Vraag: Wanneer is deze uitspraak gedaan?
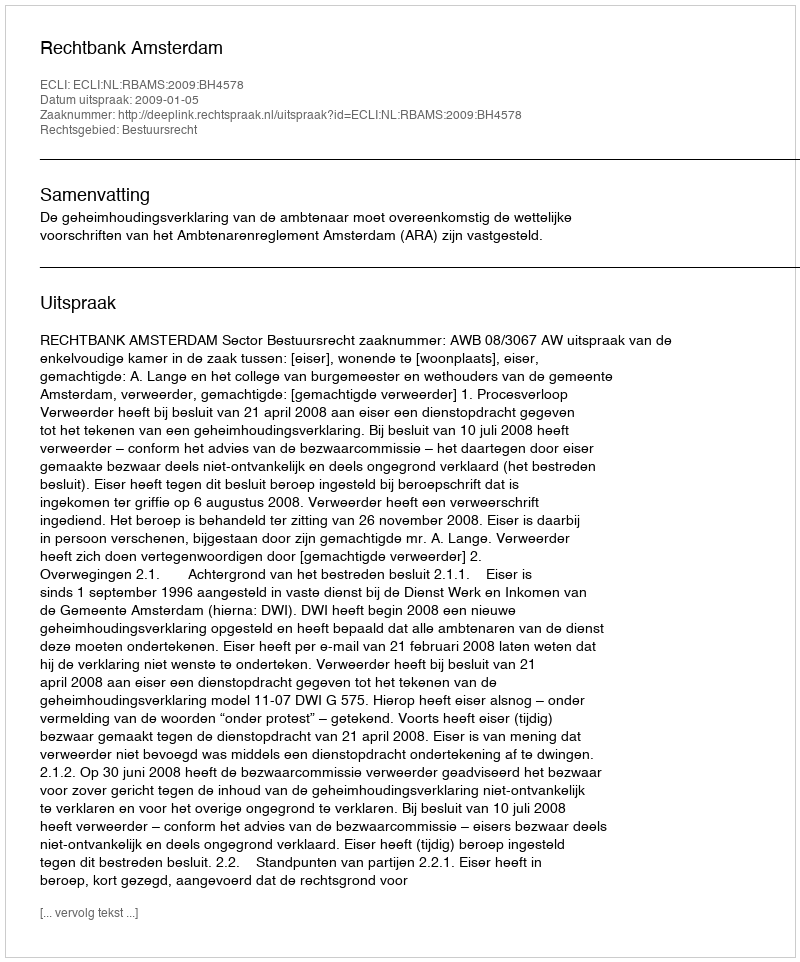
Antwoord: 2009-01-05